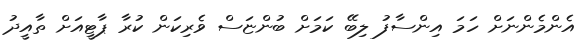
އެންމެންނަށް ހަމަ އިންސާފު ލިބޭ ކަމަށް ބުންޏަސް ވެރިކަން ކުރާ ޕާޓީއަށް ތާއީދު